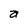
Character: a